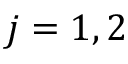
j = 1 , 2